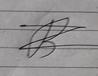
Signature authenticity: forged